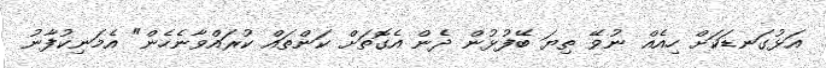
އަޅުގަނޑަކަށް ހިއެއް ނުވޭ ތިޔަ ބޭފުޅުން ދެން އެގޮތަށް ކަންތައް ކުރައްވާނެހެން" އެމަނިކުފާނު